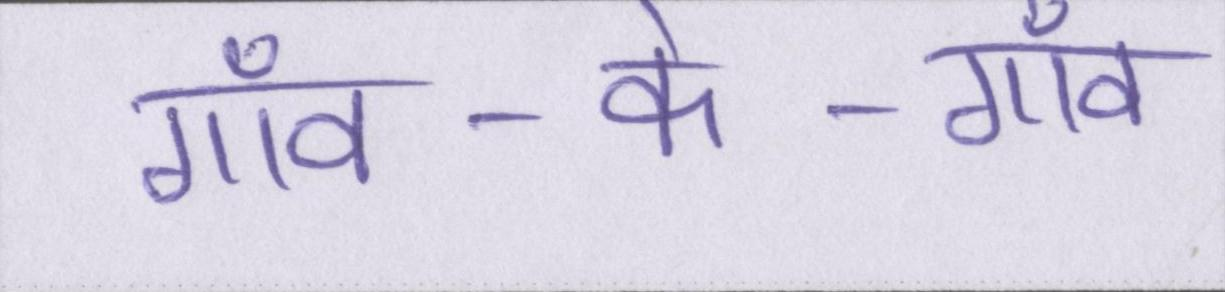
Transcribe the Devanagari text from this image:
गाँव-के-गाँव